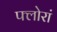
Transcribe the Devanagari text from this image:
फ्लोरां